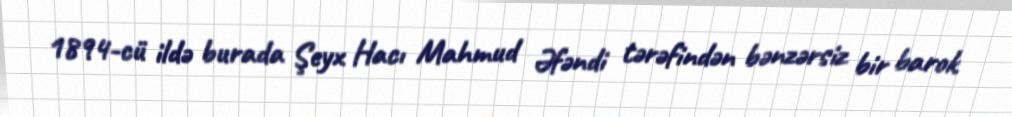
1894-cü ildə burada Şeyx Hacı Mahmud Əfəndi tərəfindən bənzərsiz bir barok